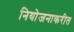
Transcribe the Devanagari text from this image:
नियोजनाकरीत